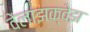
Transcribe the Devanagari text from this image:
वेलाझक्वेझ